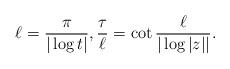
LaTeX: \begin{align*}\ell = \frac{\pi}{|\log t|}, \frac{\tau}{\ell} = \cot \frac{\ell}{|\log |z||}.\end{align*}